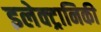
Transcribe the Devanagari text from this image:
इलेक्‍ट्रानिकी